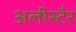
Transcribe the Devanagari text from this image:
अलीस्टैर